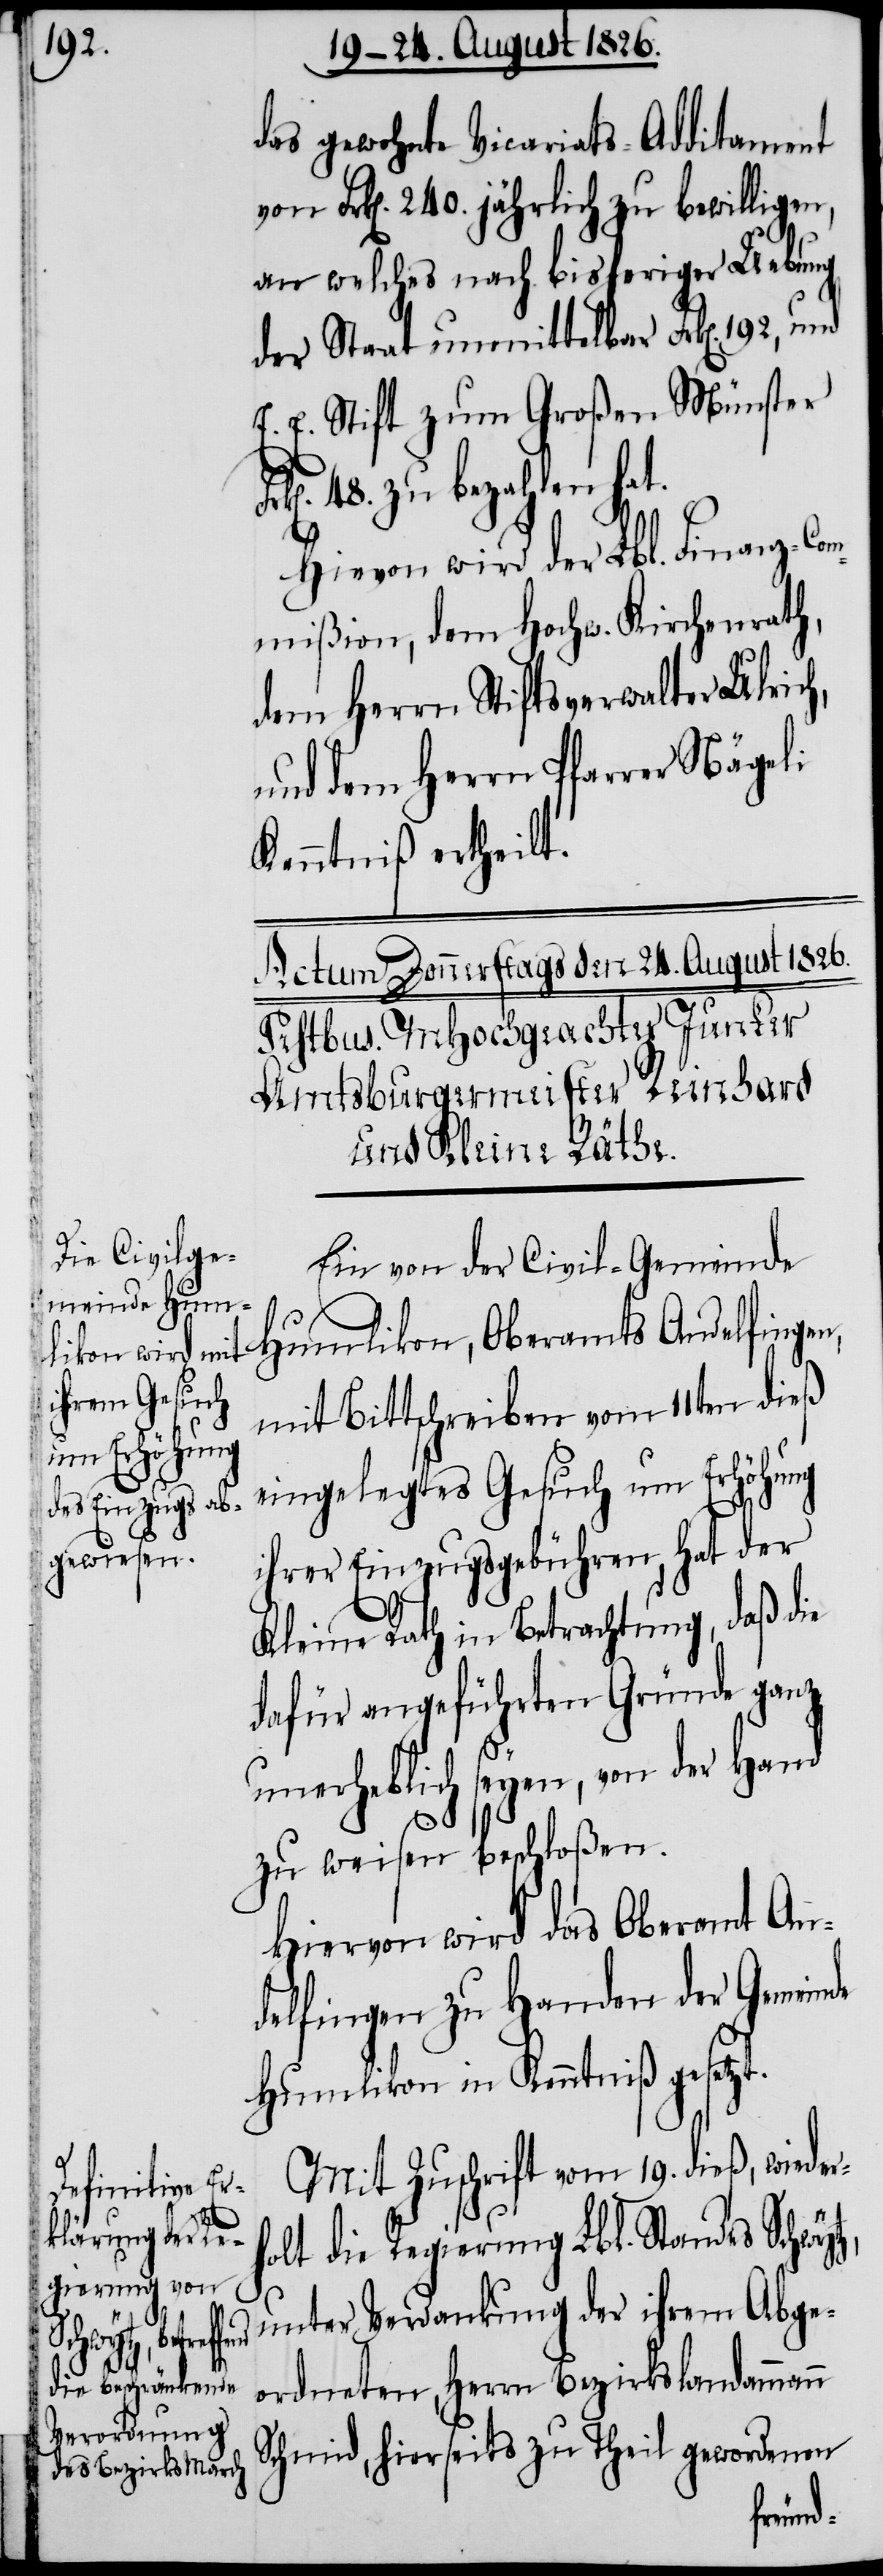
das gewohnte Vicariats-Additament
von Frk[en]. 240. jährlich zu bewilligen,
an welches nach bisheriger Uebung
der Staat unmittelbar Frk[en]. 192, und
E. E. Stift zum Großen Münster
48. zu bezahlen hat.
Hievon wird der Lbl. Finanz-Com¬
mißion, dem Hochw. Kirchenrath,
dem Herrn Stiftsverwalter Ulric¬
und dem Herrn Pfarrer Nägeli
Kenntniß ertheilt.
Ein von der Civil-Gemeinde
Humlikon, Oberamts Andelfingen,
mit Bittschreiben vom 11ten dieß
eingelegtes Gesuch um Erhöhung
ihrer Einzugsgebühren, hat der
Kleine Rath in Betrachtung, daß die
dafür angeführten Gründe ganz
r¬
unerheblich seyen, von der Hand
zu weisen beschloßen.
Hiervon wird das Oberamt An¬
delfingen zu Handen der Gemeinde
Humlikon in Kenntniß gesetzt.
Mit Zuschrift vom 19. dieß, wiede¬
holt die Regierung Lbl. Standes Schwytz,
unter Verdankung der ihrem Abge¬
ordneten, Herrn Bezirkslandammann
Schmid, hierseits zu Theil gewordenen